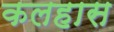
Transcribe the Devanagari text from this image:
कलहास